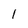
Character: l